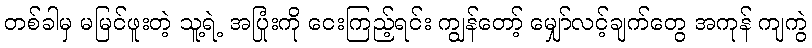
တစ်ခါမှ မမြင်ဖူးတဲ့ သူ့ရဲ့ အပြုံးကို ငေးကြည့်ရင်း ကျွန်တော့် မျှော်လင့်ချက်တွေ အကုန် ကျကွဲ